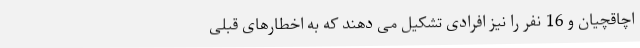
اچاقچیان و 16 نفر را نیز افرادی تشکیل می دهند که به اخطارهای قبلی